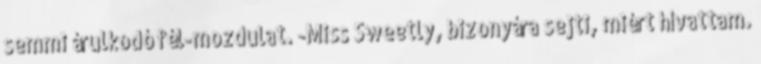
semmi árulkodó fél-mozdulat. -Miss Sweetly, bizonyára sejti, miért hívattam.